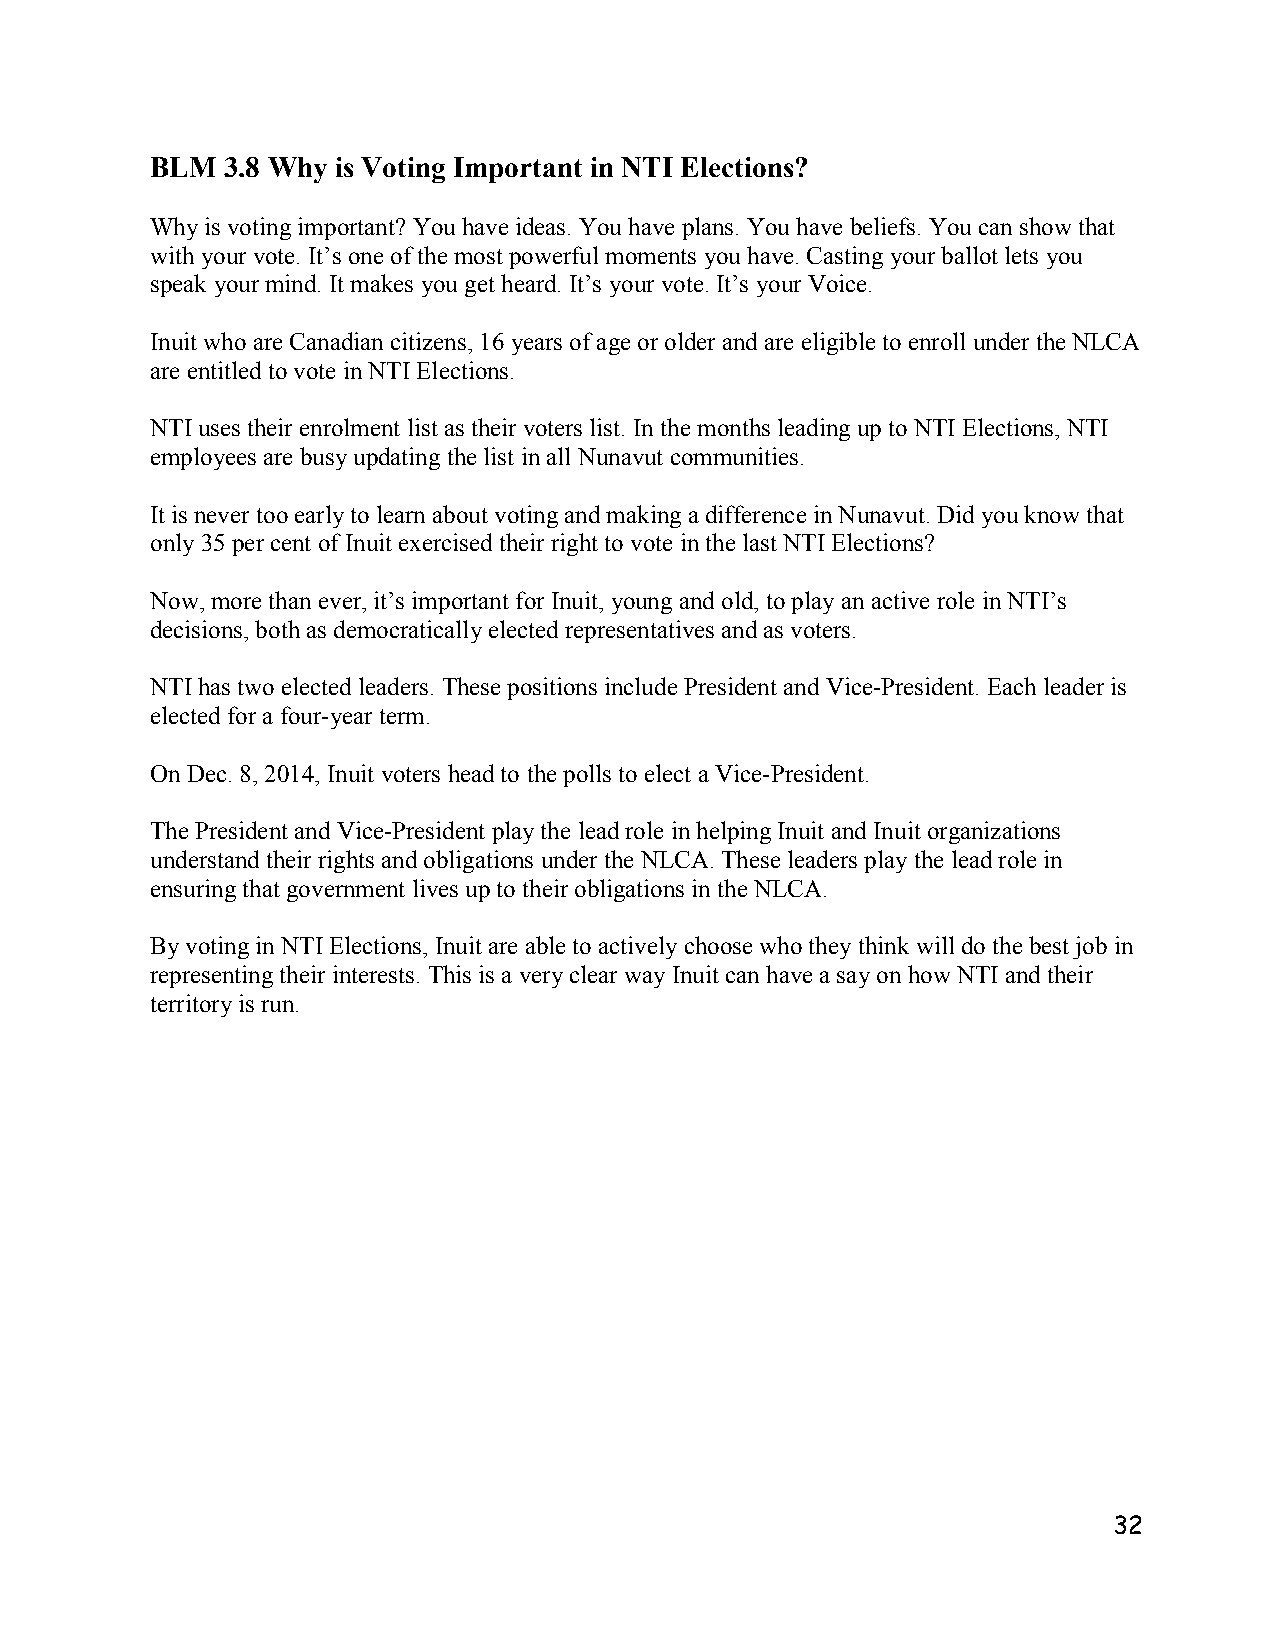
BLM  3.8 Why is Voting Important in NTI Elections?
 Why is voting important? You have ideas. You have plans. You have beliefs. You can show that
 with your vote. It’s one of the most powerful moments you have. Casting your ballot lets you
 speak your mind. It makes you get heard. It’s your vote. It’s your Voice.
 Inuit who are Canadian citizens, 16 years of age or older and are eligible to enroll under the NLCA
 are entitled to vote in NTI Elections.
 NTI uses their enrolment list as their voters list. In the months leading up to NTI Elections, NTI
 employees are busy updating the list in all Nunavut communities.
 It is never too early to learn about voting and making a difference in Nunavut. Did you know that
 only 35 per cent of Inuit exercised their right to vote in the last NTI Elections?
 Now, more than ever, it’s important for Inuit, young and old, to play an active role in NTI’s
 decisions, both as democratically elected representatives and as voters.
 NTI has two elected leaders. These positions include President and Vice-President. Each leader is
 elected for a four-year term.
 On Dec. 8, 2014, Inuit voters head to the polls to elect a Vice-President.
 The President and Vice-President play the lead role in helping Inuit and Inuit organizations
 understand their rights and obligations under the NLCA. These leaders play the lead role in
 ensuring that government lives up to their obligations in the NLCA.
 By voting in NTI Elections, Inuit are able to actively choose who they think will do the best job in
 representing their interests. This is a very clear way Inuit can have a say on how NTI and their
 territory is run.
 32